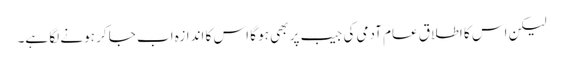
لیکن اس کا اطلاق عام آدمی کی جیب پر بھی ہو گا اس کا اندازہ اب جا کر ہونے لگا ہے۔